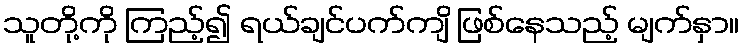
သူတို့ကို ကြည့်၍ ရယ်ချင်ပက်ကျိ ဖြစ်နေသည့် မျက်နှာ။